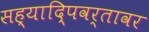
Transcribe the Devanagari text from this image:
सह्यादि्पवर्तावर